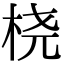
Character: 桡